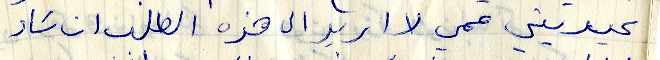
عيديتي عمي لا اريد الى هذه الطلب ان شاء